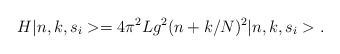
\begin{align*}H\vert n,k,s_i>=4\pi^2 Lg^2(n+k/N)^2\vert n,k,s_i>.\end{align*}